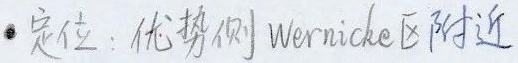
●定位：优势侧Wernicke区附近